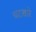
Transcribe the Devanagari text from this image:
चटखारे